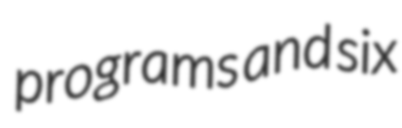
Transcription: programs and six